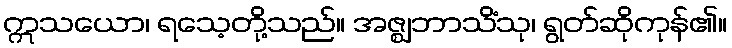
ဣသယော၊ ရသေ့တို့သည်။ အဇ္ဈဘာသိံသု၊ ရွတ်ဆိုကုန်၏။